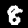
Label: 8